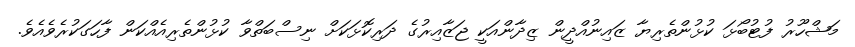
މަޝްހޫރު ފުޓުބޯޅަ ކުޅުންތެރިޔާ ޒައިނުއްދީން ޒިދާންއަކީ ޖަޒާއިރުގެ ދަރިކޮޅަކަށް ނިސްބަތްވާ ކުޅުންތެރިއެއްކަން ފާހަގަކުރެވެއެވެ.